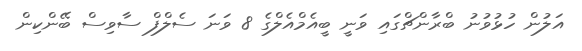
އަލުން ހުޅުވުނު ބްރާންޗްގައި ވަނީ ބީއެމްއެލްގެ 8 ވަނަ ސެލްފް ސާވިސް ބޭންކިން